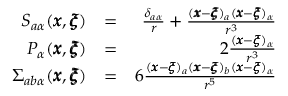
\begin{array} { r l r } { S _ { a \alpha } ( { \pmb x } , { \pmb \xi } ) } & { = } & { \frac { \delta _ { a \alpha } } { r } + \frac { ( { \pmb x } - { \pmb \xi } ) _ { a } ( { \pmb x } - { \pmb \xi } ) _ { \alpha } } { r ^ { 3 } } } \\ { P _ { \alpha } ( { \pmb x } , { \pmb \xi } ) } & { = } & { 2 \frac { ( { \pmb x } - { \pmb \xi } ) _ { \alpha } } { r ^ { 3 } } } \\ { \Sigma _ { a b \alpha } ( { \pmb x } , { \pmb \xi } ) } & { = } & { 6 \frac { ( { \pmb x } - { \pmb \xi } ) _ { a } ( { \pmb x } - { \pmb \xi } ) _ { b } ( { \pmb x } - { \pmb \xi } ) _ { \alpha } } { r ^ { 5 } } } \end{array}